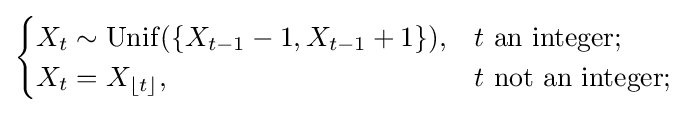
{\begin{cases}X_{t}\sim \mathrm {Unif} (\{X_{t-1}-1,X_{t-1}+1\}),&t{\mbox{ an integer;}}\\X_{t}=X_{\lfloor t\rfloor },&t{\mbox{ not an integer;}}\end{cases}}